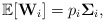
\begin{align*}\mathbb{E}[\mathbf{W}_i] = p_i\mathbf{\Sigma}_i,\end{align*}